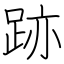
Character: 跡